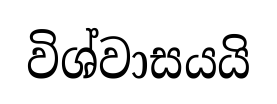
විශ්වාසයයි